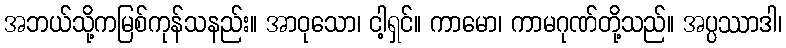
အဘယ်သို့ကမြစ်ကုန်သနည်း။ အာဝုသော၊ ငါ့ရှင်။ ကာမော၊ ကာမဂုဏ်တို့သည်။ အပ္ပဿာဒါ၊